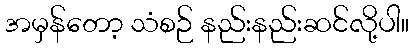
အမှန်တော့ သံစဉ် နည်းနည်းဆင်လို့ပါ။